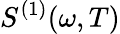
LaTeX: S^{(1)}(\omega,T)